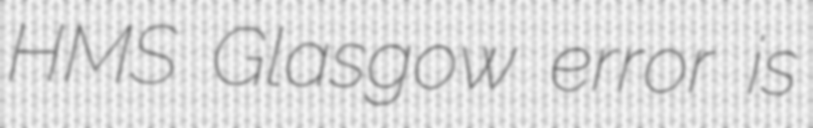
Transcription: HMS Glasgow error is